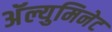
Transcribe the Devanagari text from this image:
अॅल्युमिनेट